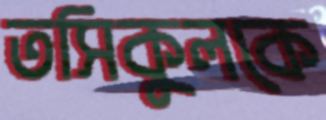
তসিকুলকে